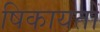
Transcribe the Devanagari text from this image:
षिकायतों